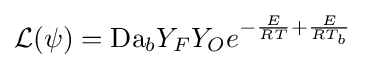
{\mathcal {L}}(\psi )=\mathrm {Da} _{b}Y_{F}Y_{O}e^{-{\frac {E}{RT}}+{\frac {E}{RT_{b}}}}